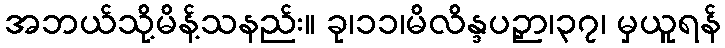
အဘယ်သို့မိန့်သနည်း။ ခု၊၁၁၊မိလိန္ဒပဉှာ၊၃၇၊ မှယူရန်